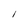
Character: l